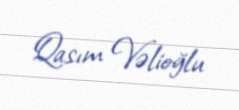
Qasım Vəlioğlu